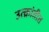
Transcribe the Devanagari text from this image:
उत्क्रांतीत